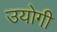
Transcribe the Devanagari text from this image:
उयोगी